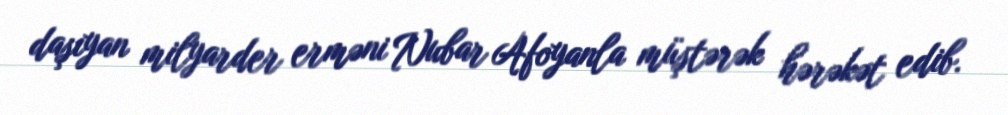
daşıyan milyarder erməni Nubar Afoyanla müştərək hərəkət edib.